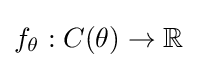
f_{\theta }:C(\theta )\to \mathbb {R}